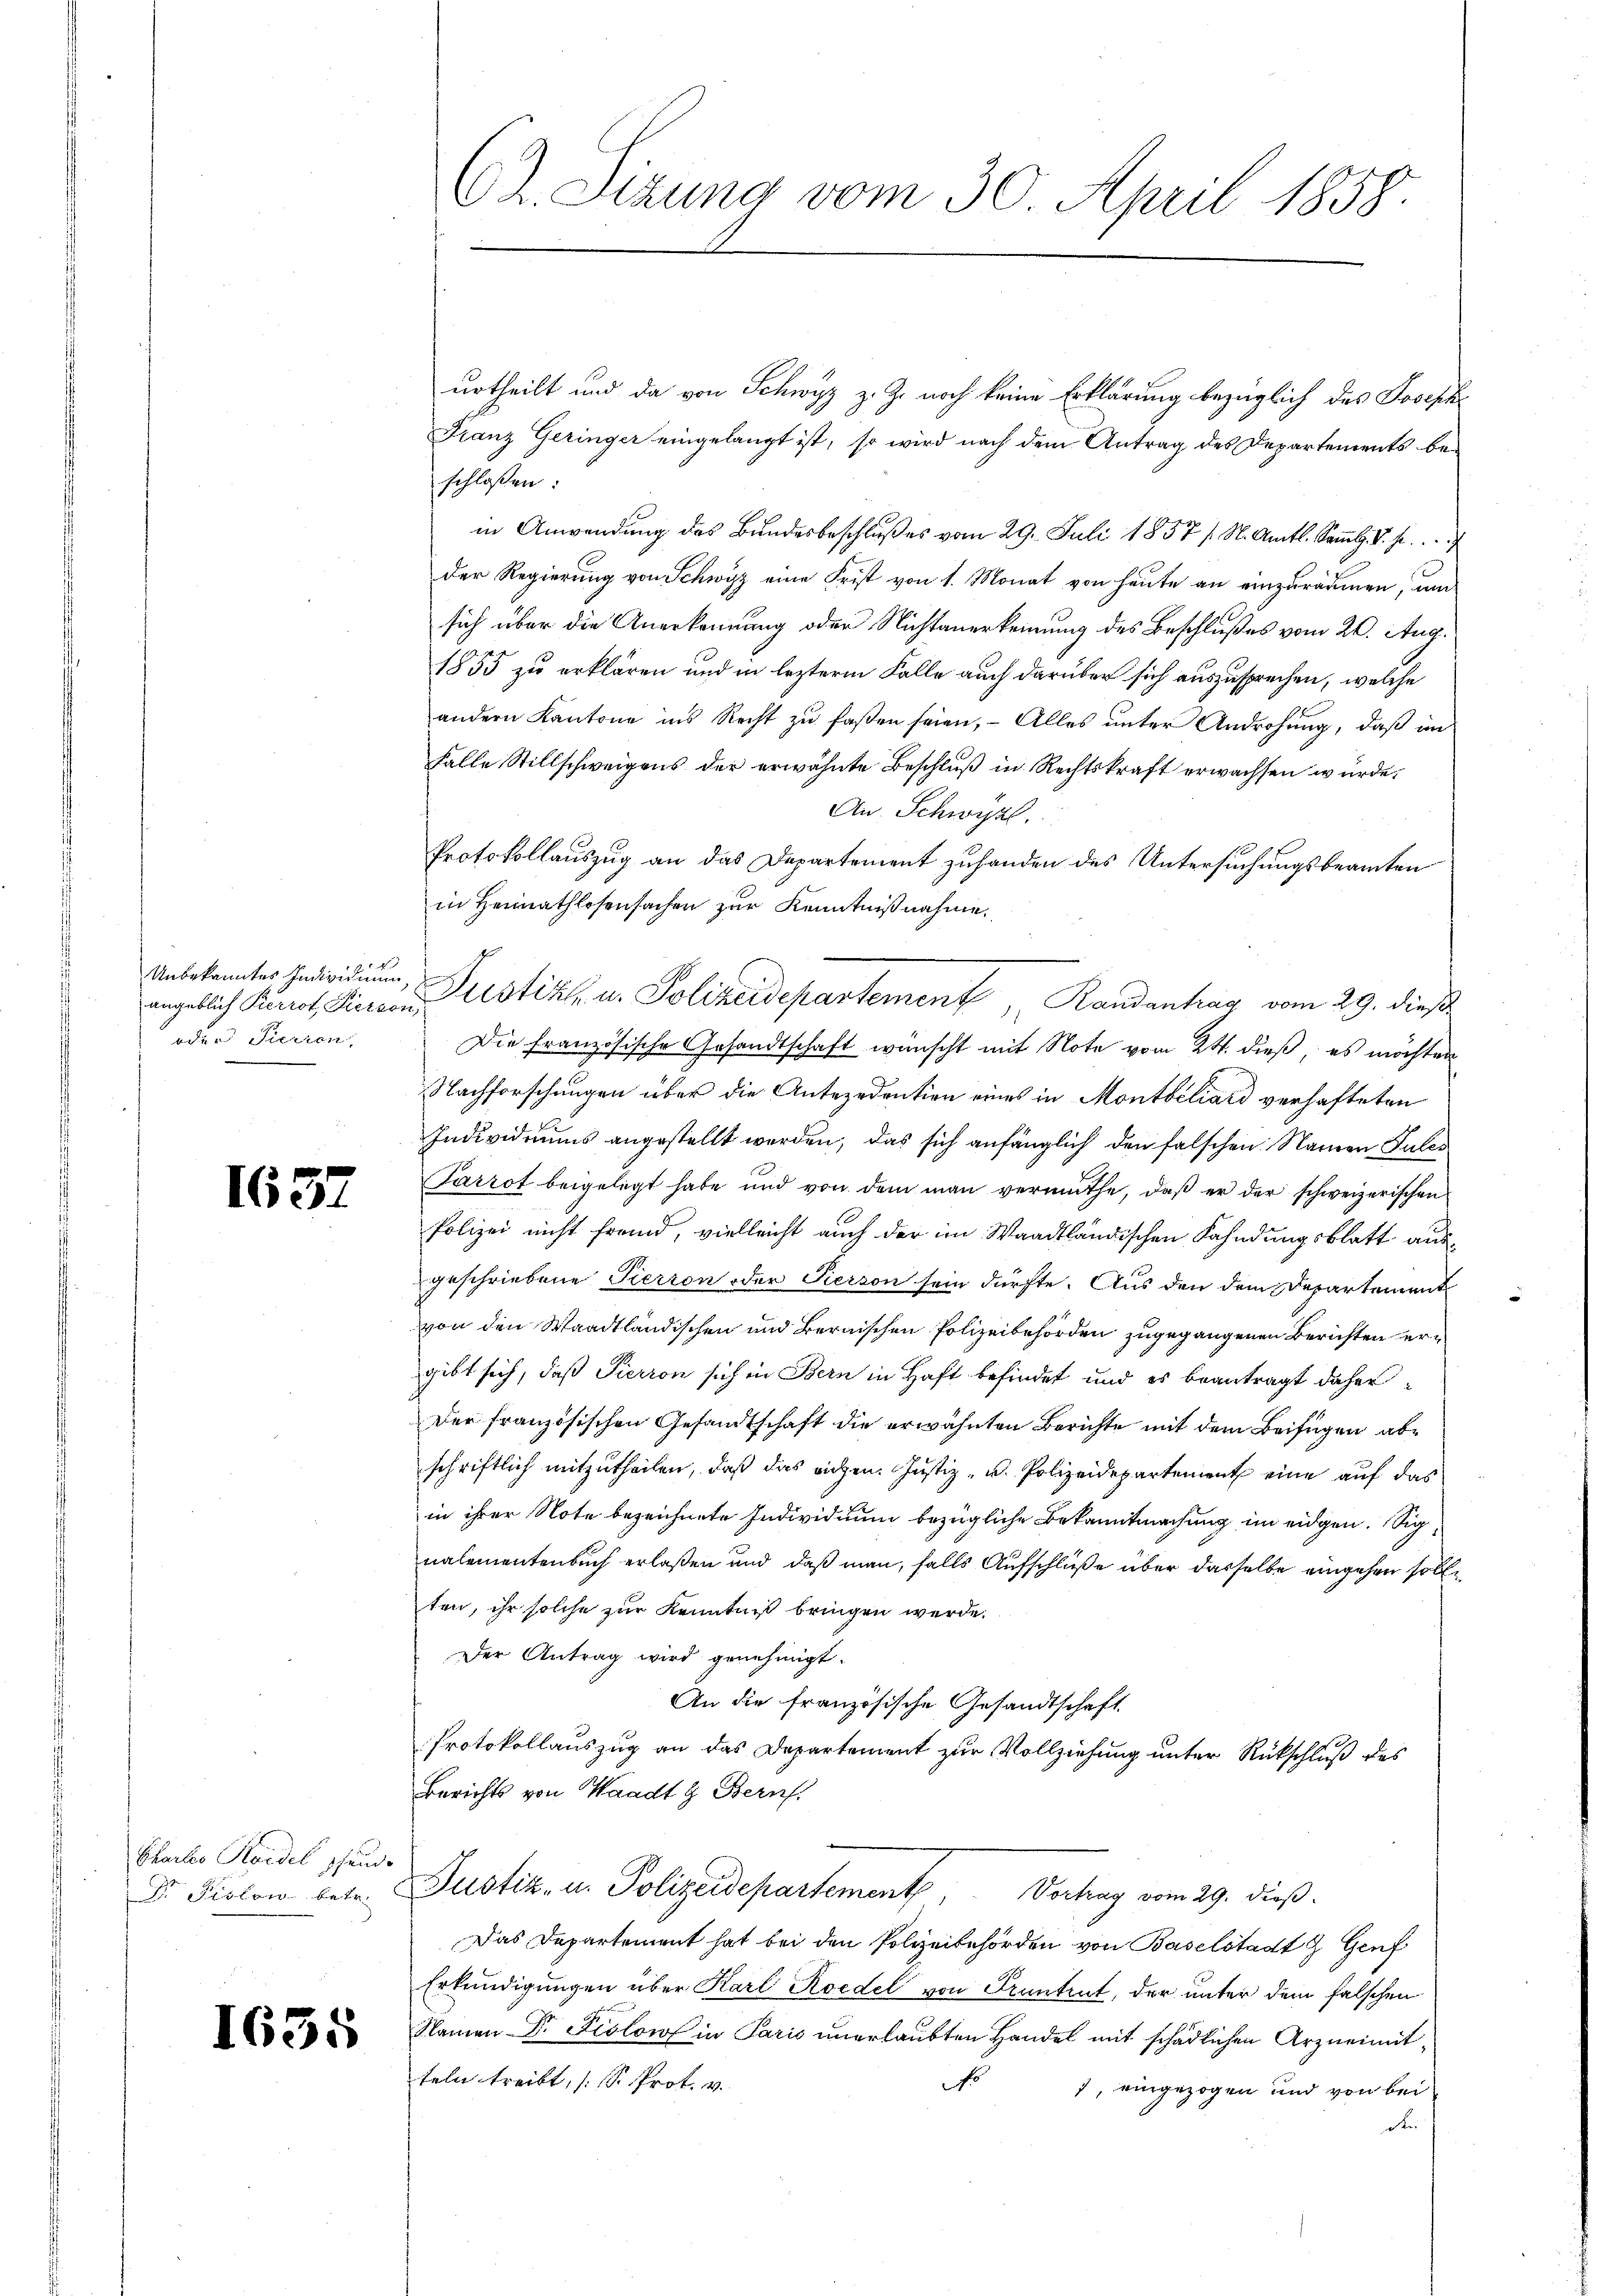
Unbekanntes Individium
angeblich Pierrot, Person,
oder Pierren

1637

Chartes Kaidel schende
Dr. Piston betr.

1635

C. Sizung vom 30. April 1858.

urtheilt und da von Schwyz z. Z. noch keine Erklärung bezüglich des Joseph
Franz Geringer eingelangt ist, so wird nach dem Antrag des Departements beschloßen:
in Anwendŭng des Bŭndesbeschlŭβ es vom 29. Juli 1857 / M. Amtl. Satz. V. pr.
der Regierung von Schwyz eine Frist von 1. Monat von heute an einzuräumen, um
sich über die Anerkennung oder Nichtanerkennung des Beschlußes vom 20. Aug.
1855 zu erklären und in lezterm Falle auch darüber sich auszusprechen, welche
andern Kantone ins Recht zu faßen seien, – Alles unter Androhung, daß in
falle Stillschweigens der erwähnte Beschluß in Rechtskraft erwachsen würde.
An. Schwyz,
Protokollauszug an das Departement zuhanden des Untersuchungsbeamten
in Heimathlosensachen zur Kenntnißnahme.
Justiz- u. Polizeidepartement Randentrag vom 29. dieß
Die französische Gesandtschaft wünscht mit Note vom 24. dieß, es möchten
Nachforschungen über die Antezedention eines in Montbiliard verhafteten
Individuums angestellt werden, das sich anfänglich den falschen Nauen Pules
Parrot beigelegt habe und von dem man vermuthe, daβ er der schweizerischen
Polizei nicht fremd, vielleicht auch der im Waadtländischen Fahndungsblatt ausgeschriebene Pierron oder Person sein dürfte. Aus den dem Departement
von den Waadtländischen und Bernischen Polizeibehörden zugegangenen Berichten ergibt sich, daß Sierron sich in Bern in Haft befindet und es beantragt daher
Der französischen Gesandtschaft die erwähnten Berichte mit dem Beifügen abschriftlich mitzutheilen, daß das richen. Justiz- u. Polizeidepartement eine auf das
in ihrer Note bezeichnete Individuum bezügliche Bekanntmachung im eidgen. Signalementenbuch erlaßen und daß man, falls Aufschlüße über dasselbe eingehen solle
ten, ihr solche zur Kenntniß bringen werde.
Der Antrag wird genehmigt.
An die französische Gesandtschaft
Protokollauszug an das Departement zur Vollziehung unter Rückschluß des
Berichts von Waadt & Bern.
Justiz- u. Polizeidepartement, Vortrag vom 29. dieß.
Das Departement hat bei den Polizeibehörden von Baselstadt & Genf
Erkundigungen über Karl Roedel von Frantent, der unter dem falschen
Namen Dr Fcolow in Paris unerlaubten Handel mit schädlichen Arzneimitteln treibt, (s. Prof. v.
N
1, eingezogen und von bei
Re